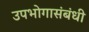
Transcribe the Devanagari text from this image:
उपभोगासंबंधी